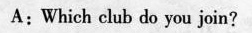
A：Which club do you join?